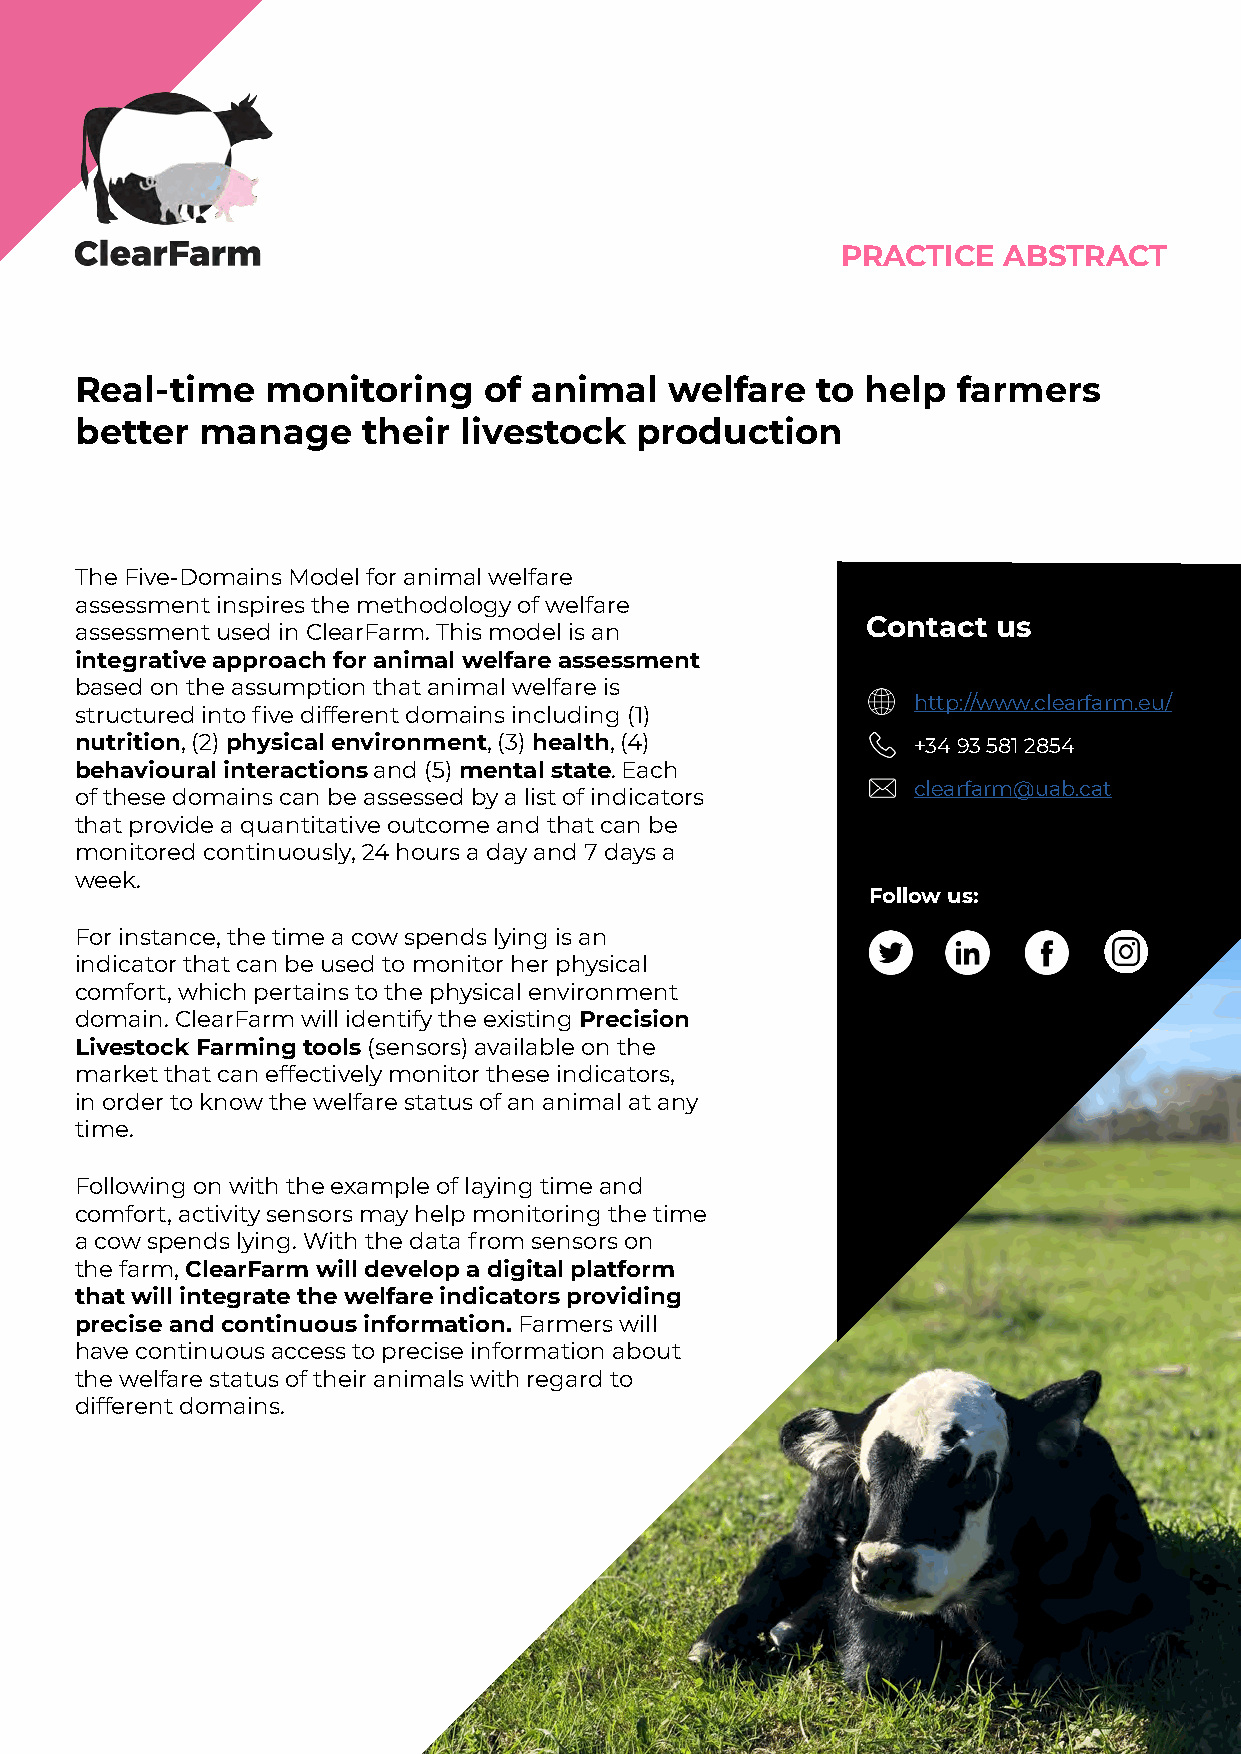
PRACTICE  ABSTRACT
 Real-time    monitoring    of animal   welfare   to help  farmers
 better  manage     their livestock   production
 The Five-Domains Model for animal welfare
 assessment inspires the methodology of welfare
 Contact  us
 assessment used in ClearFarm. This model is an
 integrative approach for animal welfare assessment
 based on the assumption that animal welfare is
 http://www.clearfarm.eu/
 structured into five different domains including (1)
 nutrition, (2) physical environment, (3) health, (4)   +34 93 581 2854
 behavioural interactions and (5) mental state. Each
 clearfarm@uab.cat
 of these domains can be assessed by a list of indicators
 that provide a quantitative outcome and that can be
 monitored continuously, 24 hours a day and 7 days a
 week.
 Follow us:
 For instance, the time a cow spends lying is an
 indicator that can be used to monitor her physical
 comfort, which pertains to the physical environment
 domain. ClearFarm will identify the existing Precision
 Livestock Farming tools (sensors) available on the
 market that can effectively monitor these indicators,
 in order to know the welfare status of an animal at any
 time.
 Following on with the example of laying time and
 comfort, activity sensors may help monitoring the time
 a cow spends lying. With the data from sensors on
 the farm, ClearFarm will develop a digital platform
 that will integrate the welfare indicators providing
 precise and continuous information. Farmers will
 have continuous access to precise information about
 the welfare status of their animals with regard to
 different domains.